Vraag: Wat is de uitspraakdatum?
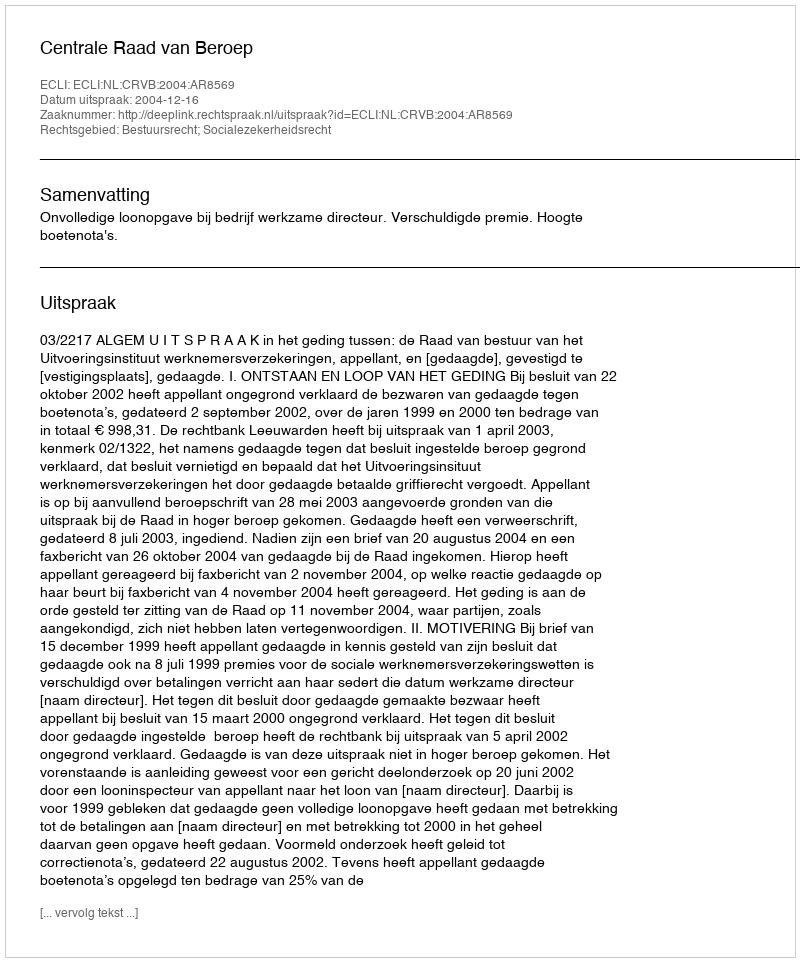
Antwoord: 2004-12-16